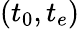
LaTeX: (t_{0},t_{e})